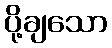
ပို့ချသော